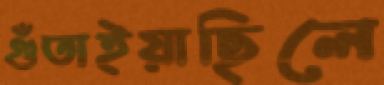
গুঁতাইয়াছিলে